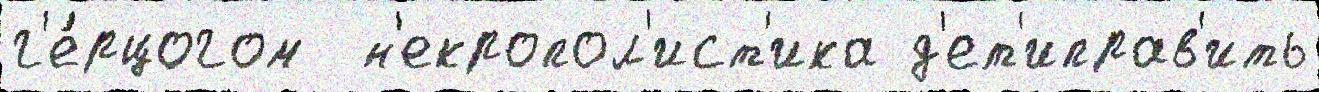
г'е́рцогом  н'екропол'ист'ика д'ет'иправ'ить